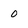
Character: 0